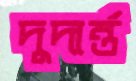
দুদার্ন্ত